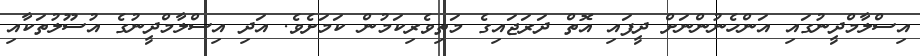
އިސްލާމްދީނުގައި އަންހެނުންނަށް ދީފައި އޮތް ދަރަޖައިގެ މަތިވެރިކަމުން ކަމަށެވެ. އަދި އިސްލާމްދީނުގެ އުސޫލުތަކާއި